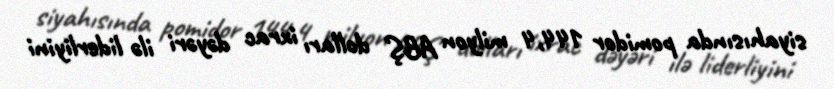
siyahısında pomidor 144,4 milyon ABŞ dolları ixrac dəyəri ilə liderliyini